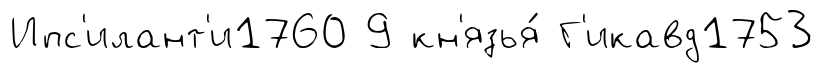
Ипс'илант'и1760 9 кн'язья́ Г'икавд1753